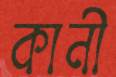
কানী